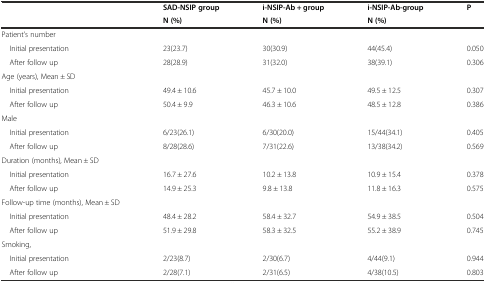
<table><thead><tr><td></td><td><b>SAD-NSIP group</b></td><td><b>i-NSIP-Ab + group</b></td><td><b>i-NSIP-Ab-group</b></td><td><b>P</b></td></tr><tr><td></td><td><b>N (%)</b></td><td><b>N (%)</b></td><td><b>N (%)</b></td><td></td></tr></thead><tbody><tr><td>Patient’s number</td><td></td><td></td><td></td><td></td></tr><tr><td> Initial presentation</td><td>23(23.7)</td><td>30(30.9)</td><td>44(45.4)</td><td>0.050</td></tr><tr><td> After follow up</td><td>28(28.9)</td><td>31(32.0)</td><td>38(39.1)</td><td>0.306</td></tr><tr><td>Age (years), Mean ± SD</td><td></td><td></td><td></td><td></td></tr><tr><td> Initial presentation</td><td>49.4 ± 10.6</td><td>45.7 ± 10.0</td><td>49.5 ± 12.5</td><td>0.307</td></tr><tr><td> After follow up</td><td>50.4 ± 9.9</td><td>46.3 ± 10.6</td><td>48.5 ± 12.8</td><td>0.386</td></tr><tr><td>Male</td><td></td><td></td><td></td><td></td></tr><tr><td> Initial presentation</td><td>6/23(26.1)</td><td>6/30(20.0)</td><td>15/44(34.1)</td><td>0.405</td></tr><tr><td> After follow up</td><td>8/28(28.6)</td><td>7/31(22.6)</td><td>13/38(34.2)</td><td>0.569</td></tr><tr><td>Duration (months), Mean ± SD</td><td></td><td></td><td></td><td></td></tr><tr><td> Initial presentation</td><td>16.7 ± 27.6</td><td>10.2 ± 13.8</td><td>10.9 ± 15.4</td><td>0.378</td></tr><tr><td> After follow up</td><td>14.9 ± 25.3</td><td>9.8 ± 13.8</td><td>11.8 ± 16.3</td><td>0.575</td></tr><tr><td>Follow-up time (months), Mean ± SD</td><td></td><td></td><td></td><td></td></tr><tr><td> Initial presentation</td><td>48.4 ± 28.2</td><td>58.4 ± 32.7</td><td>54.9 ± 38.5</td><td>0.504</td></tr><tr><td> After follow up</td><td>51.9 ± 29.8</td><td>58.3 ± 32.5</td><td>55.2 ± 38.9</td><td>0.745</td></tr><tr><td>Smoking,</td><td></td><td></td><td></td><td></td></tr><tr><td> Initial presentation</td><td>2/23(8.7)</td><td>2/30(6.7)</td><td>4/44(9.1)</td><td>0.944</td></tr><tr><td> After follow up</td><td>2/28(7.1)</td><td>2/31(6.5)</td><td>4/38(10.5)</td><td>0.803</td></tr></tbody></table>